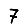
Digit: 7